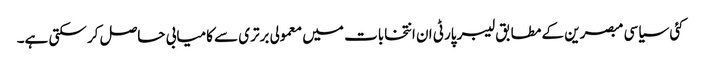
کئی سیاسی مبصرین کے مطابق لیبر پارٹی ان انتخابات میں معمولی برتری سے کامیابی حاصل کر سکتی ہے۔